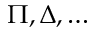
\Pi , \Delta , \ldots